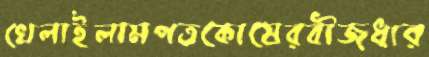
খেলাইলামপত্রকোষেরবীজধার